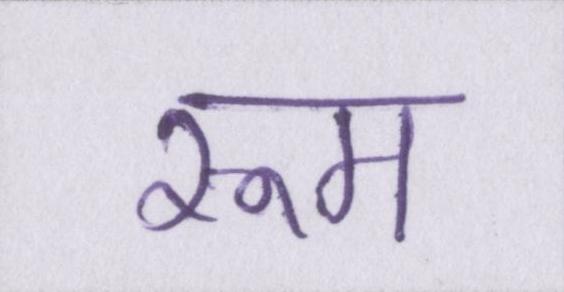
रूम